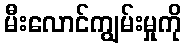
မီးလောင်ကျွမ်းမှုကို